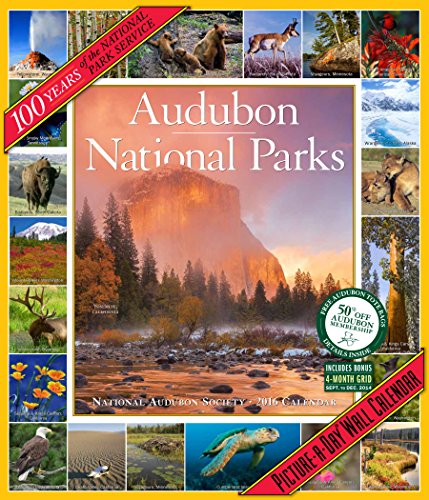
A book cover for Audubon National Parks Picture-A-Day Wall Calendar 2016; National Audubon Society; Calendars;